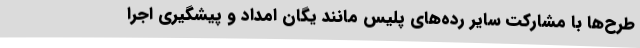
طرح‌ها با مشارکت سایر رده‌های پلیس مانند یگان امداد و پیشگیری اجرا